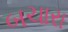
બચારા